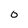
Character: 0